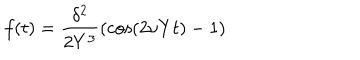
LaTeX: f ( t ) = { \frac { \delta ^ { 2 } } { 2 Y ^ { 3 } } } ( \cos ( 2 \nu Y t ) - 1 )